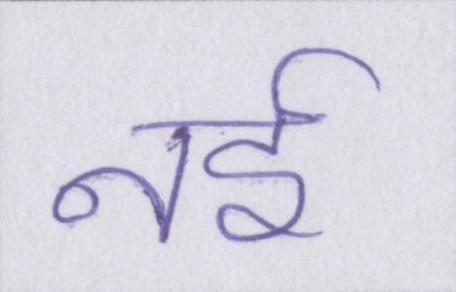
नई